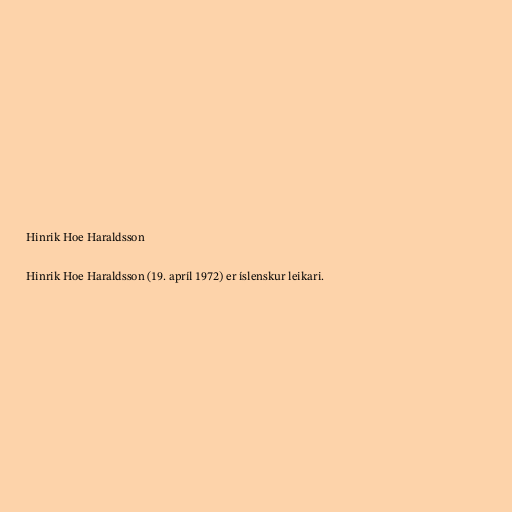
Hinrik Hoe Haraldsson

Hinrik Hoe Haraldsson (19. apríl 1972) er íslenskur leikari.